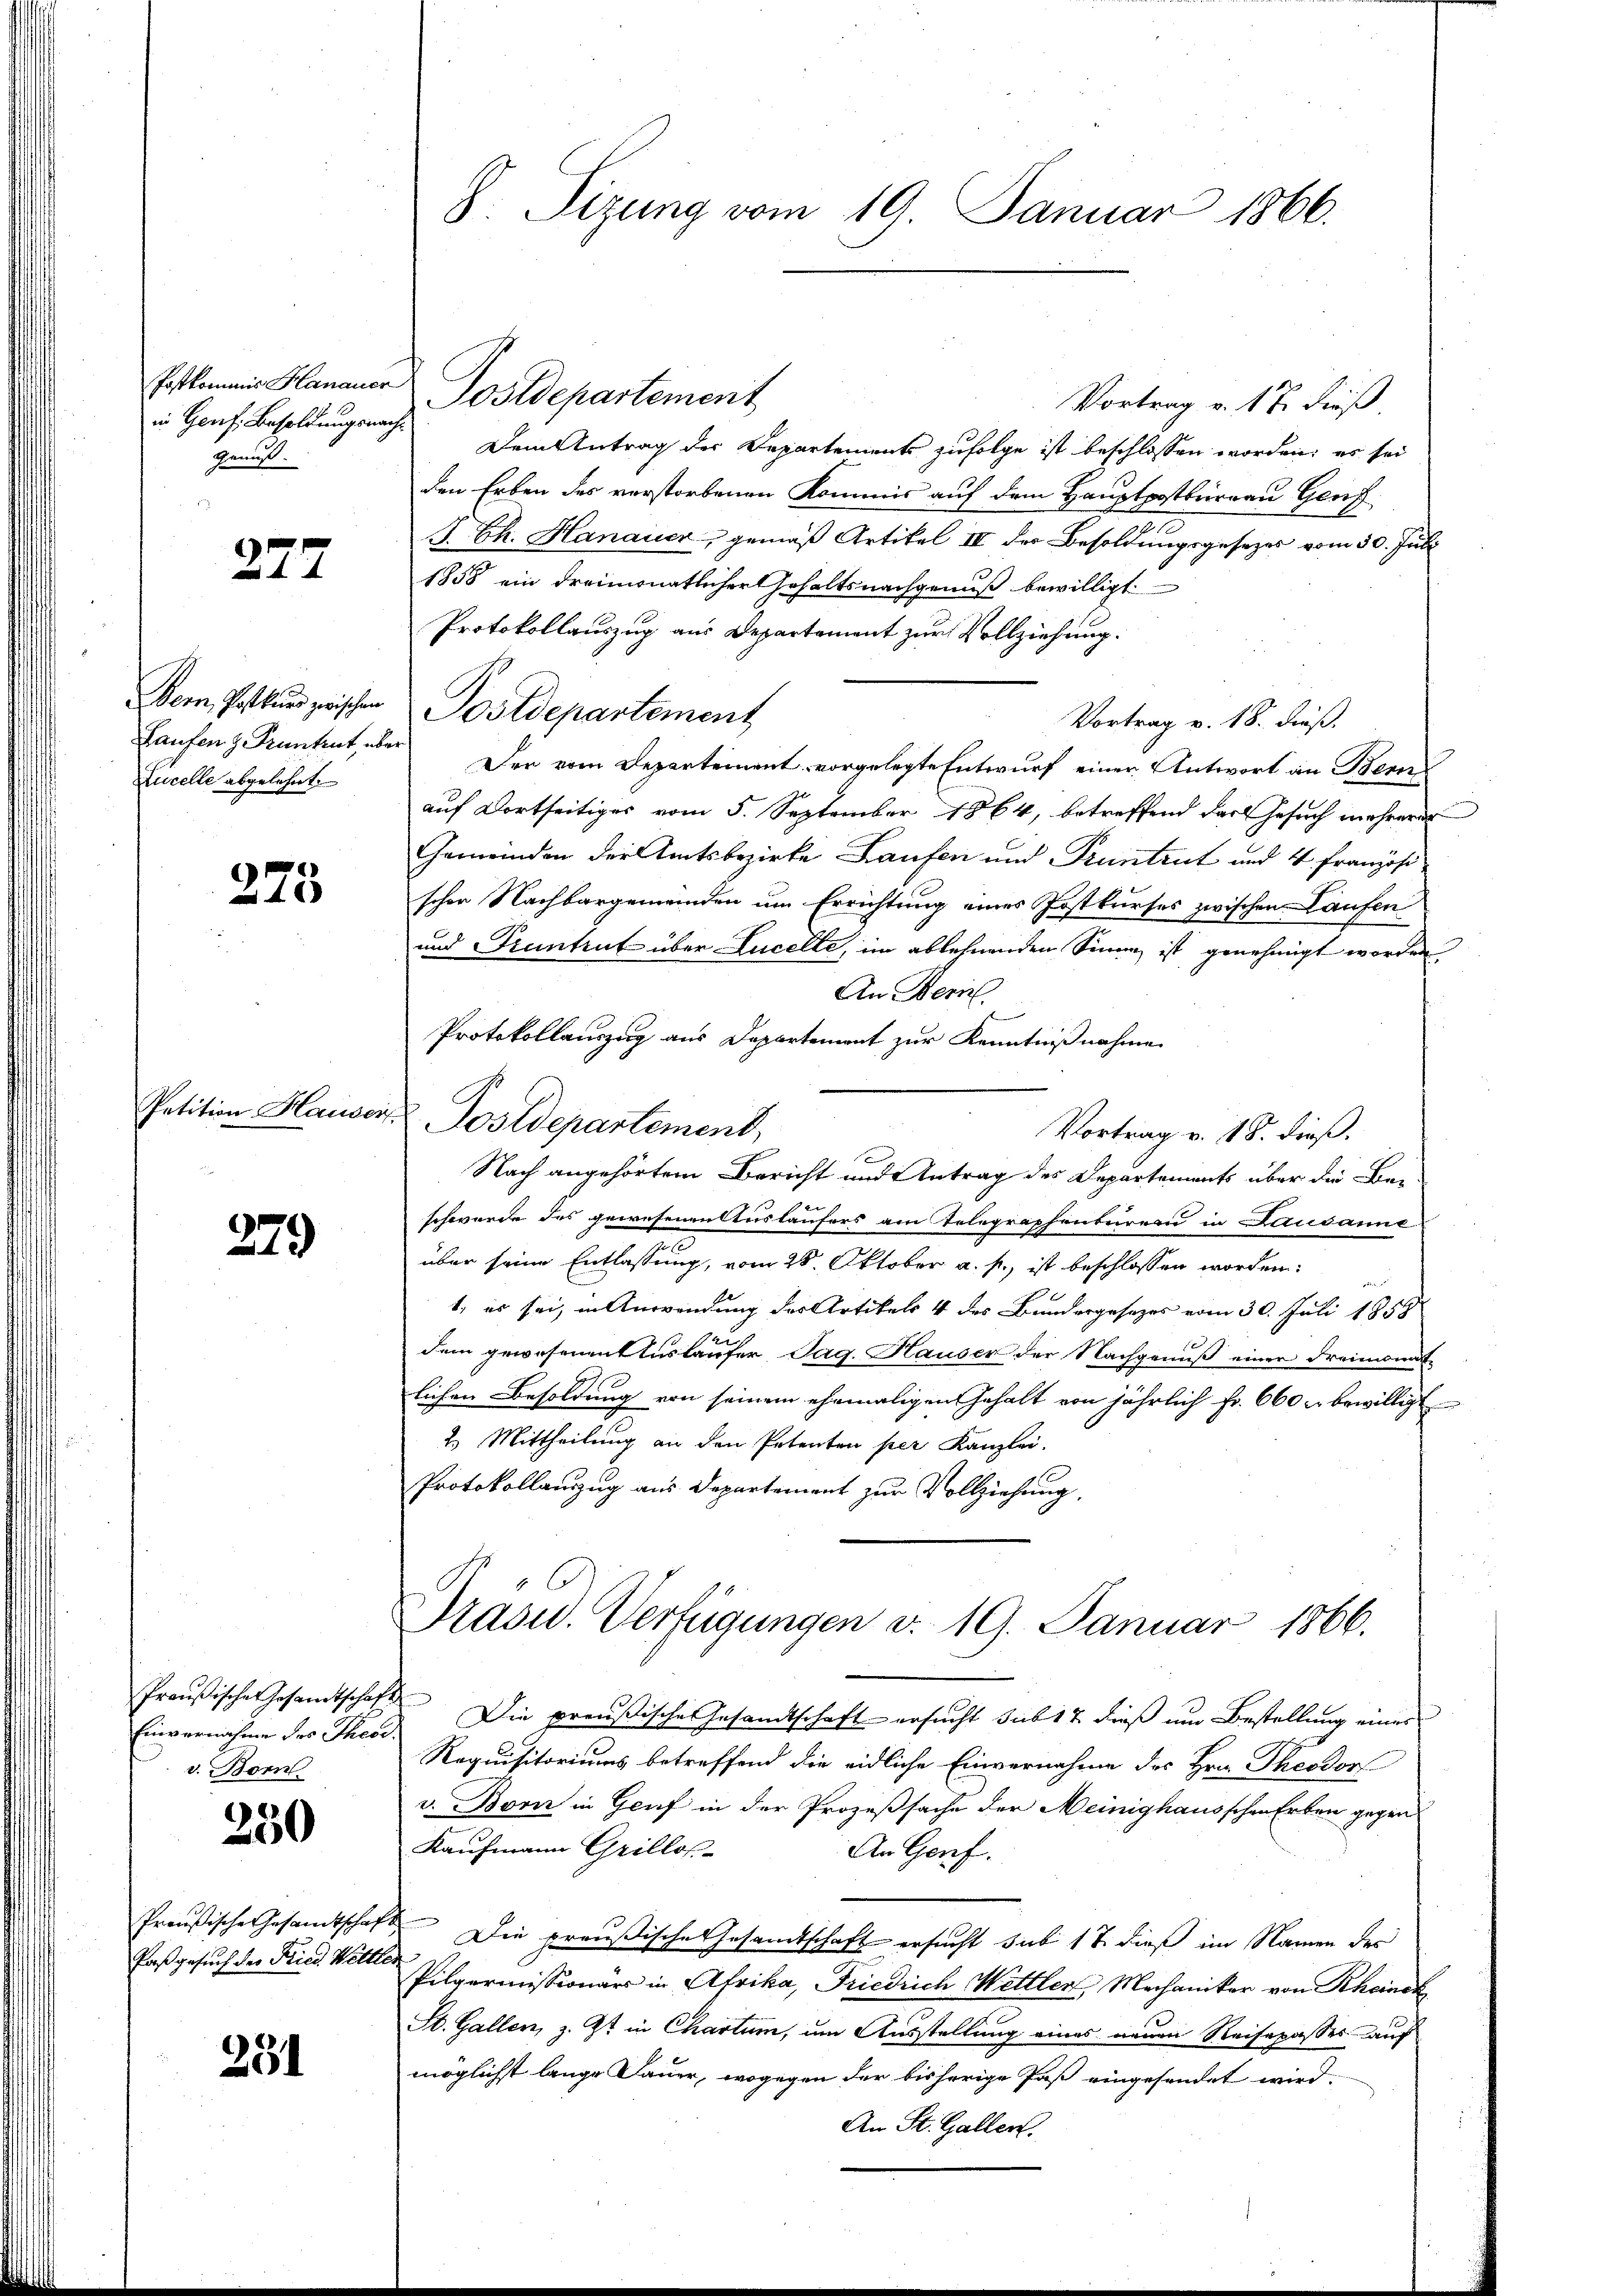
in Genf. Besoldungsnach¬
Genuß.

277

bern, Postkurs zwischen
Laufen z. Pruntrut, über
Zucelle abgelehnt.

273

279

Preußisches Gesandtschaf
Einvernahme des Theod.
v. Born

250

Preußische Gesandtschaf
Paß gesuch der Fried Wett

231

S. Tizung vom 19. Januar 1866.

Vortrag v. 17. dieß
Dem Antrag der Departements zufolge ist beschlossen worden; es sei
den Erben des verstorbenen Kommis auf dem Hauptpostbureau Genf
J. Ch. Hanauer, gemäß Artikel IV der Besoldungsgesezes vom 30. Juli
1858 ein dreimonatlichertehaltsnachgenuß bewilligt.
Protokollauszug aus Departement zur Vollziehung.
Postdepartement
Vortrag v. 18. dieß.
Der vom Departement vorgelegte Entwurf einer Antwort an Bern
auf Dortseitiges vom 5. September 1864, betreffend das Gesuch mehreren
Gemeinden der Amtsbezirke Laufen und Pruntrut und 4 Französi
scher Nachbargemeinden um Errichtung eines Postkurses zwischen Laufen
und Pruntrut über Lucelle, im ablehnenden Sinne ist genehmigt worden,
An Bern.
Protokollauszug aus Departement zur Kenntnißnahme
Vortrag v. 18. dieß.
Nach angehörtem Bericht und Antrag des Departements über die Beschwerde des gewesenenttusläufers am Telegraphenbureau in Lausanne
über seine Entlassung, vom 28. Oktober a. p., ist beschlossen worden:
222
1, es sei, in Anwendung der Artikels 4 des Bundergesetzes vom 30. Juli 1859
e
dem gewesenent Ausläufer, Pag. Hauser der Nachgenuß einer Freimonat
lichen Besoldung von seinem ehemaligen Gehalt von jährlich Fr. 660 u. bewilligt
2.) Mittheilung an den Petenten per Kanzlei-
Protokollauszug aus Departement zur Vollziehung,
Prasid. Verfügungen d. 19. Januar 1866.
 Die preußische Gesamtschaft ersucht sub 17 dieß um Bestellung einer
Requisitoriums betreffend die eidliche Einvernahme des Hrn. Theodor
v. Bon in Genf in der Prozeßsache der Meinighausschen Erben gegen
Kaufmann Grillos
An Genf.
 Die preußische Gesandtschaft ersucht sub 17 dieß im Namen der
at
Pilgermissionärs in Afrika, Friedrich Wettler, Mechaniker von Rheiner
St. Gallen, z. Zt. in Chartum, um Ausstellung eines neuen Reisepasses auf
möglichst lange Dauer, wogegen der bisherige Paß eingesendet wird.
An St. Gallen.

Postkommis Hanauer Postdepartement

Petition Hauser, u. Postdepartement,